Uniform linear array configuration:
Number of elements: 48
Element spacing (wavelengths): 0.5
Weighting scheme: uniform
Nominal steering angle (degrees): -45
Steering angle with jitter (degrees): -45.167
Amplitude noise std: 0.05
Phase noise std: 0.05

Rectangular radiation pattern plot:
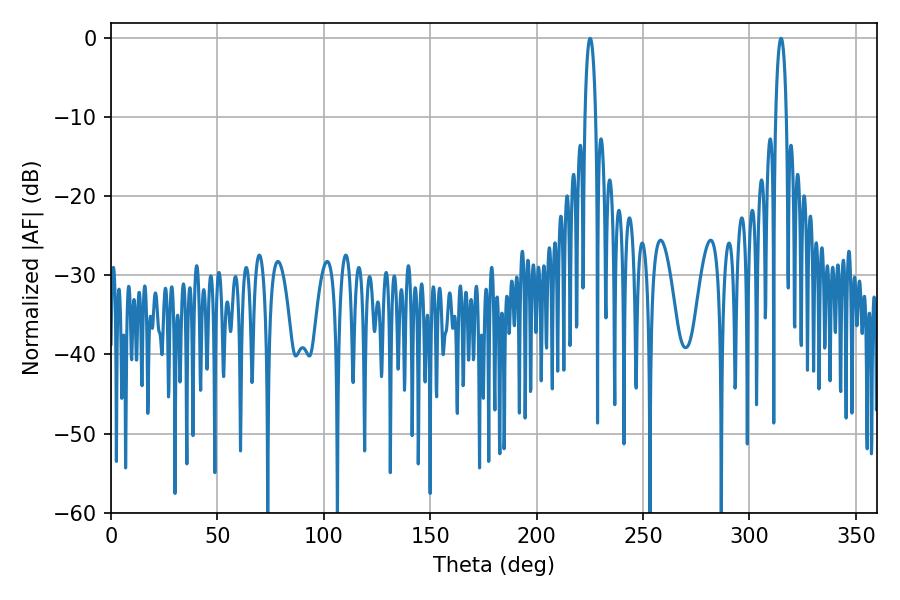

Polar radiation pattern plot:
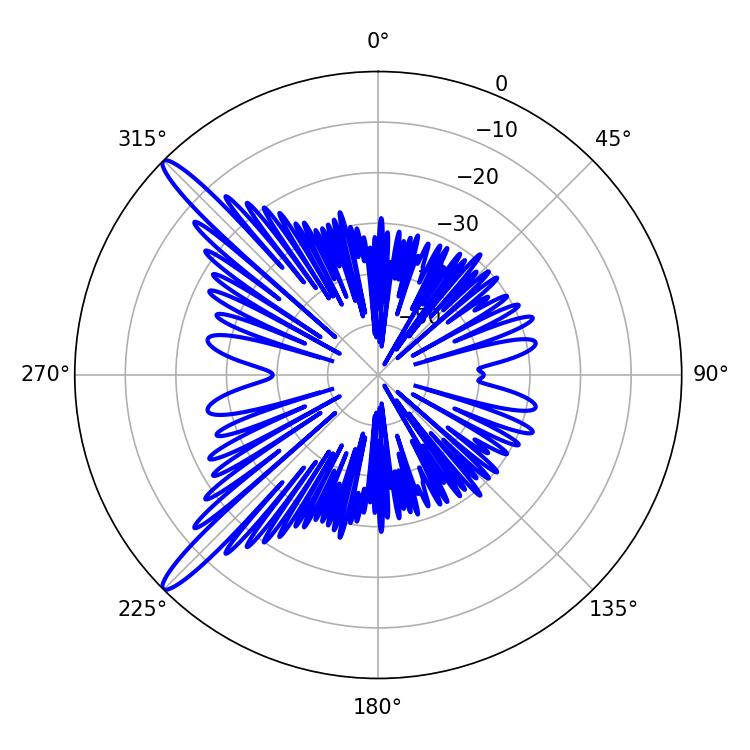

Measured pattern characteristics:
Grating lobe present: FALSE
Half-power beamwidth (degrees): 2.88
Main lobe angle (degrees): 225.18